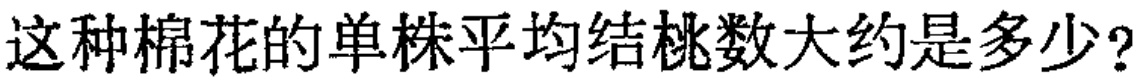
这种棉花的单株平均结桃数大约是多少？